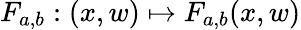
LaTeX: F_{a,b}:(x,w)\mapsto F_{a,b}(x,w)